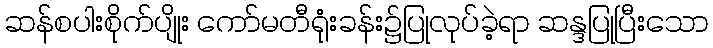
ဆန်စပါးစိုက်ပျိုး ကော်မတီရုံးခန်း၌ပြုလုပ်ခဲ့ရာ ဆန္ဒပြုပြီးသော